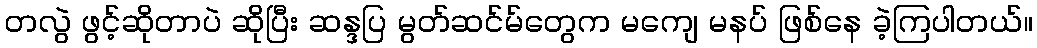
တလွဲ ဖွင့်ဆိုတာပဲ ဆိုပြီး ဆန္ဒပြ မွတ်ဆင်မ်တွေက မကျေ မနပ် ဖြစ်နေ ခဲ့ကြပါတယ်။